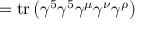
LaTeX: = \operatorname { t r } \left( \gamma ^ { 5 } \gamma ^ { 5 } \gamma ^ { \mu } \gamma ^ { \nu } \gamma ^ { \rho } \right)